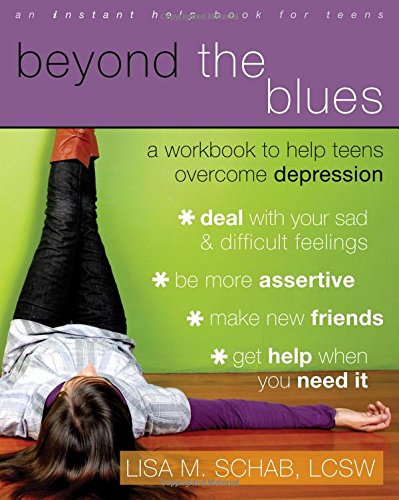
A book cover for Beyond the Blues: A Workbook to Help Teens Overcome Depression (Teen Instant Help); Lisa M. Schab LCSW; Parenting & Relationships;